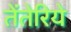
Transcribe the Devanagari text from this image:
तेंतेरिये